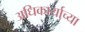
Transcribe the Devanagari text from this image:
अधिकार्याच्या